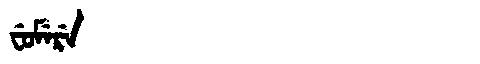
Manchu: ᠸᡠᠮᡝᡵᡝ
Romanization: FUMERE